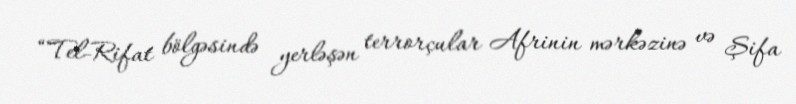
“Tel-Rifat bölgəsində yerləşən terrorçular Afrinin mərkəzinə və Şifa